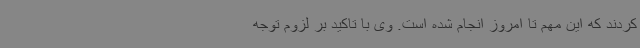
کردند که این مهم تا امروز انجام شده است. وی با تاکید بر لزوم توجه